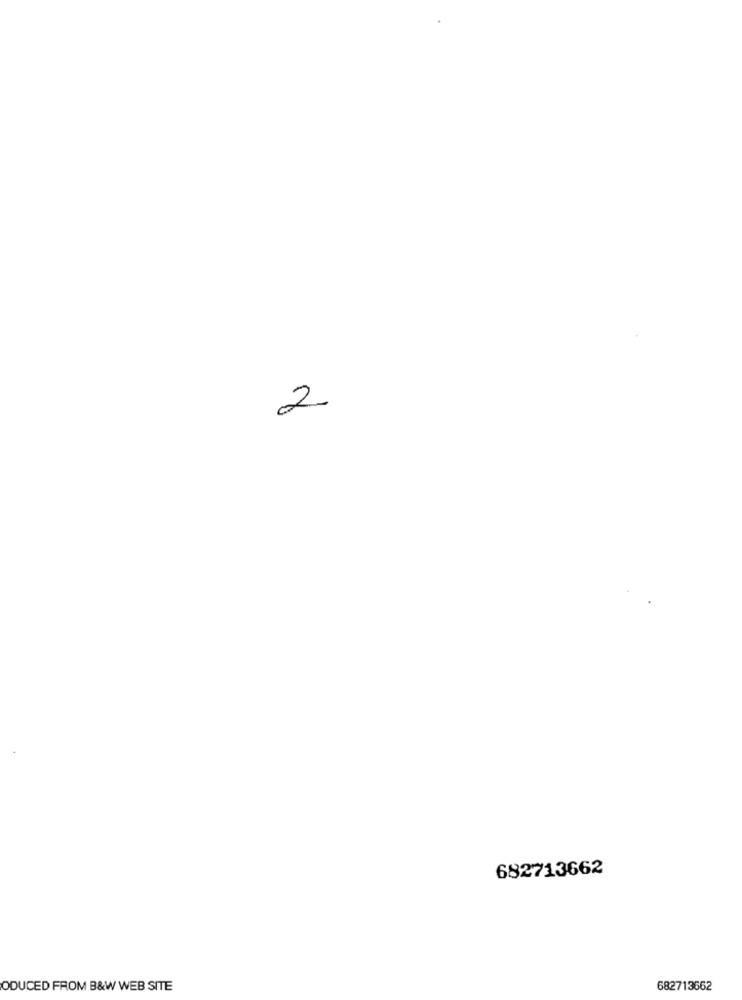
2
682713662
ODUCED FROM B&W WEB SITE
682713662